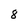
Character: 8